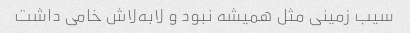
سیب زمینی مثل همیشه نبود و لابه‌لاش خامی داشت